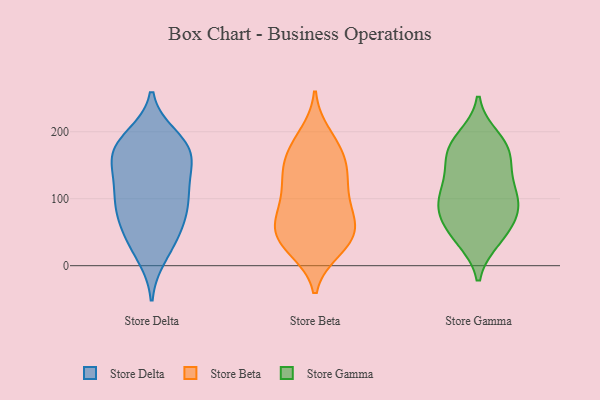
{"axis": {"x": "LTV (USD)", "y": "Value"}, "legend": ["Store Beta", "Store Delta", "Store Gamma"], "data": [{"x": "", "y": 93, "type": "Store Delta"}, {"x": "", "y": 120, "type": "Store Delta"}, {"x": "", "y": 135, "type": "Store Delta"}, {"x": "", "y": 193, "type": "Store Delta"}, {"x": "", "y": 158, "type": "Store Delta"}, {"x": "", "y": 80, "type": "Store Delta"}, {"x": "", "y": 115, "type": "Store Delta"}, {"x": "", "y": 173, "type": "Store Delta"}, {"x": "", "y": 62, "type": "Store Delta"}, {"x": "", "y": 179, "type": "Store Delta"}, {"x": "", "y": 167, "type": "Store Delta"}, {"x": "", "y": 14, "type": "Store Delta"}, {"x": "", "y": 172, "type": "Store Delta"}, {"x": "", "y": 147, "type": "Store Delta"}, {"x": "", "y": 45, "type": "Store Delta"}, {"x": "", "y": 25, "type": "Store Delta"}, {"x": "", "y": 54, "type": "Store Delta"}, {"x": "", "y": 92, "type": "Store Delta"}, {"x": "", "y": 190, "type": "Store Delta"}, {"x": "", "y": 94, "type": "Store Delta"}, {"x": "", "y": 151, "type": "Store Beta"}, {"x": "", "y": 66, "type": "Store Beta"}, {"x": "", "y": 174, "type": "Store Beta"}, {"x": "", "y": 106, "type": "Store Beta"}, {"x": "", "y": 46, "type": "Store Beta"}, {"x": "", "y": 38, "type": "Store Beta"}, {"x": "", "y": 195, "type": "Store Beta"}, {"x": "", "y": 69, "type": "Store Beta"}, {"x": "", "y": 120, "type": "Store Beta"}, {"x": "", "y": 158, "type": "Store Beta"}, {"x": "", "y": 24, "type": "Store Beta"}, {"x": "", "y": 107, "type": "Store Beta"}, {"x": "", "y": 139, "type": "Store Beta"}, {"x": "", "y": 76, "type": "Store Beta"}, {"x": "", "y": 73, "type": "Store Beta"}, {"x": "", "y": 30, "type": "Store Beta"}, {"x": "", "y": 184, "type": "Store Beta"}, {"x": "", "y": 31, "type": "Store Beta"}, {"x": "", "y": 50, "type": "Store Beta"}, {"x": "", "y": 139, "type": "Store Beta"}, {"x": "", "y": 39, "type": "Store Gamma"}, {"x": "", "y": 42, "type": "Store Gamma"}, {"x": "", "y": 87, "type": "Store Gamma"}, {"x": "", "y": 114, "type": "Store Gamma"}, {"x": "", "y": 46, "type": "Store Gamma"}, {"x": "", "y": 96, "type": "Store Gamma"}, {"x": "", "y": 105, "type": "Store Gamma"}, {"x": "", "y": 138, "type": "Store Gamma"}, {"x": "", "y": 172, "type": "Store Gamma"}, {"x": "", "y": 89, "type": "Store Gamma"}, {"x": "", "y": 134, "type": "Store Gamma"}, {"x": "", "y": 75, "type": "Store Gamma"}, {"x": "", "y": 191, "type": "Store Gamma"}, {"x": "", "y": 172, "type": "Store Gamma"}, {"x": "", "y": 182, "type": "Store Gamma"}, {"x": "", "y": 166, "type": "Store Gamma"}, {"x": "", "y": 72, "type": "Store Gamma"}]}